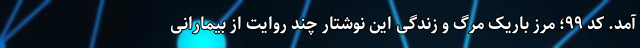
آمد. کد ۹۹؛ مرز باریک مرگ و زندگی این نوشتار چند روایت از بیمارانی